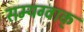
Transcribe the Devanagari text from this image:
सम्यग्वाक्